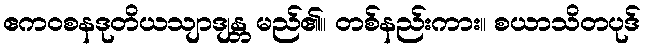
ဧကဝစနဒုတိယသျာဒျန္တ မည်၏။ တစ်နည်းကား။ စယာသိတပုဒ်